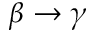
\beta \rightarrow \gamma